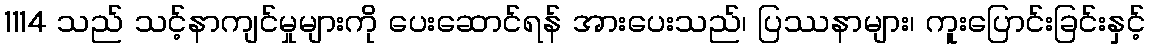
1114 သည် သင့်နာကျင်မှုများကို ပေးဆောင်ရန် အားပေးသည်၊ ပြဿနာများ၊ ကူးပြောင်းခြင်းနှင့်